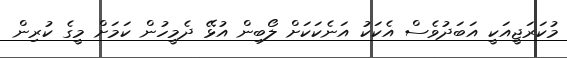
މުކަރަޖީއަކީ އަބަދުވެސް އެކަކު އަނެކަކަށް ލޯބިން އުޅޭ ދެމީހުން ކަމަށް މީގެ ކުރިން